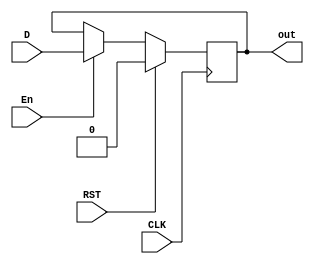
`timescale 1ns / 1ps
//////////////////////////////////////////////////////////////////////////////////
// Company: 
// Engineer: 
// 
// Design Name: 
// Module Name: FF_D
// Project Name: 
// Target Devices: 
// Tool Versions: 
// Description: 
// 
// Dependencies: 
// 
// Revision:
// Revision 0.01 - File Created
// Additional Comments:
// 
//////////////////////////////////////////////////////////////////////////////////


module FF_D(
    input CLK,RST,En,D,
    output reg out
    );
    always @(posedge CLK)
      if (RST) begin
         out <= 1'b0;
      end else if (En) begin
         out <= D;
      end
endmodule